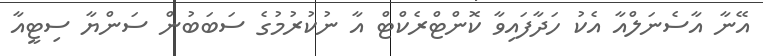
އޭނާ އާސެނަލްއާ އެކު ހަދާފައިވާ ކޮންޓްރެކްޓް އާ ނުކުރުމުގެ ސަބަބުން ސަންޔާ ސިޓީއާ